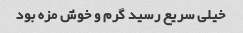
خیلی سریع رسید گرم و خوش مزه بود